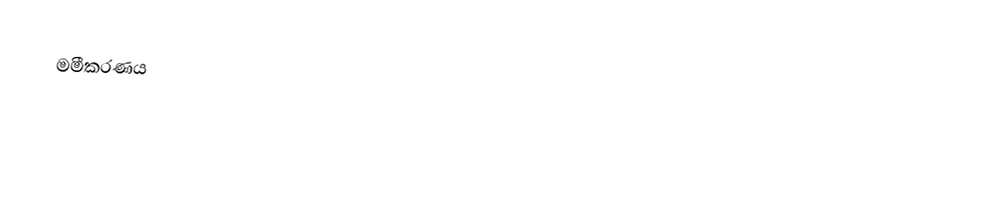
මමීකරණය